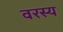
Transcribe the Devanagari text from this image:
वरस्य